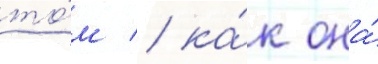
то́м / ка́к она́